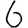
Digit: 6